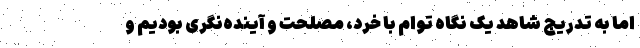
اما به تدریج شاهد یک نگاه توام با خرد، مصلحت و آینده‌نگری بودیم و